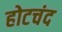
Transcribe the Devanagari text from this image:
होटचंद